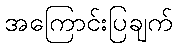
အကြောင်းပြချက်